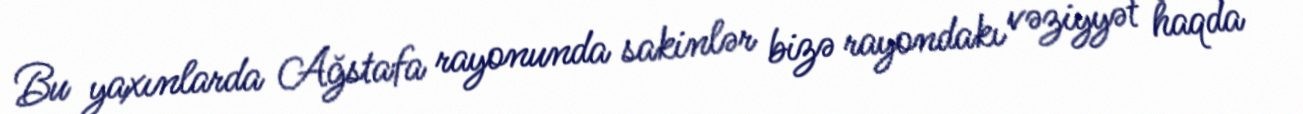
Bu yaxınlarda Ağstafa rayonunda sakinlər bizə rayondakı vəziyyət haqda